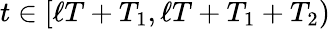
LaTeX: t\in[\ell T+T_{1},\ell T+T_{1}+T_{2})